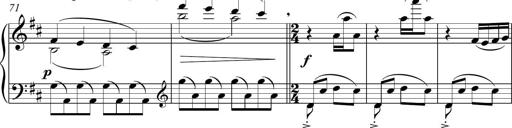
Title: Sonatina del HuÃ©car
Composer: JosÃ© Miguel Moreno Sabio